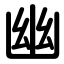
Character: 幽